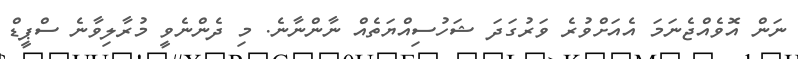
ނަން އޮވެއްޖެނަމަ އެއަށްވުރެ ވަރުގަދަ ޝަހުސިއްޔަތެއް ނާންނާނެ. މި ދެންނެވީ މުރާލިވާނެ ސްޕީޑް